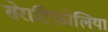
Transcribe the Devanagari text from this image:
सेराटिफ़ोलिया